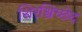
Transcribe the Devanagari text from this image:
शिरश्चिच्छेद